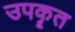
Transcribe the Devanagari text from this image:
उपकॄत